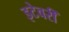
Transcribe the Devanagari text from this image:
इटेवरीं